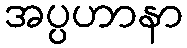
အပ္ပဟာနာ